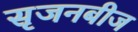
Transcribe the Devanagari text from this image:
सृजनबीज